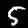
Label: 5